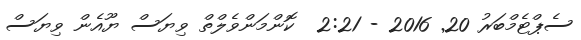
ސެޕްޓެމްބަރު 20